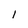
Character: I